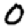
Digit: 0